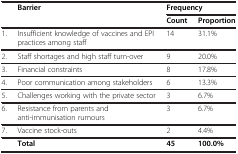
<table><thead><tr><td><b> </b></td><td><b>Barrier</b></td><td colspan="2"><b>Frequency</b></td></tr><tr><td><b> </b></td><td><b> </b></td><td><b>Count</b></td><td><b>Proportion</b></td></tr></thead><tbody><tr><td>1.</td><td>Insufficient knowledge of vaccines and EPI practices among staff</td><td>14</td><td>31.1%</td></tr><tr><td>2.</td><td>Staff shortages and high staff turn-over</td><td>9</td><td>20.0%</td></tr><tr><td>3.</td><td>Financial constraints</td><td>8</td><td>17.8%</td></tr><tr><td>4.</td><td>Poor communication among stakeholders</td><td>6</td><td>13.3%</td></tr><tr><td>5.</td><td>Challenges working with the private sector</td><td>3</td><td>6.7%</td></tr><tr><td>6.</td><td>Resistance from parents and anti-immunisation rumours</td><td>3</td><td>6.7%</td></tr><tr><td>7.</td><td>Vaccine stock-outs</td><td>2</td><td>4.4%</td></tr><tr><td> </td><td><b>Total</b></td><td><b>45</b></td><td><b>100.0%</b></td></tr></tbody></table>